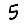
Digit: 5